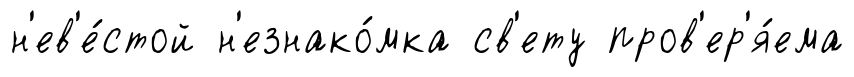
н'ев'е́стой н'езнако́мка св'ету пров'ер'я́ема